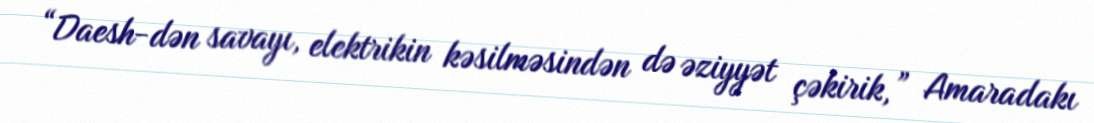
“Daesh-dən savayı, elektrikin kəsilməsindən də əziyyət çəkirik,” Amaradakı